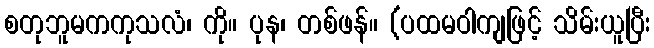
စတုဘူမကကုသလံ၊ ကို။ ပုန၊ တစ်ဖန်။ (ပထမဝါကျဖြင့် သိမ်းယူပြီး